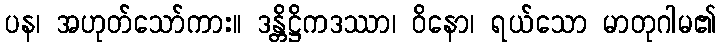
ပန၊ အဟုတ်သော်ကား။ ဒန္တိဋ္ဌိကဒဿာ၊ ဝိနော၊ ရယ်သော မာတုဂါမ၏